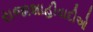
રાજાશાહીવાદીઓ